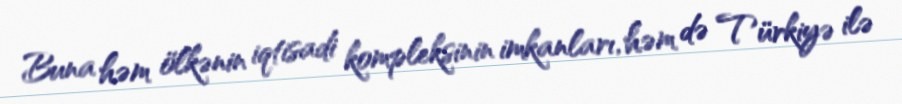
Buna həm ölkənin iqtisadi kompleksinin imkanları, həm də Türkiyə ilə